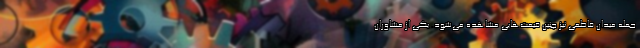
جمله میدان فاطمی نیز چنین قیمت‌هایی مشاهده می‌شود. یکی از مشاوران